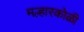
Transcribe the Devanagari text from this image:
मल्हारकोळी